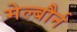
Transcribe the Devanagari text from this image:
मेल्बौर्न